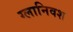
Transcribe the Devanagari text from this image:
ग्लानिवश